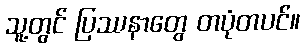
သူ့တွင် ပြဿနာတွေ တပုံတပင်။